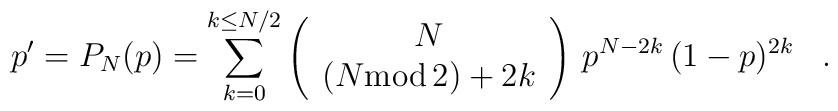
p'=P_N(p)=\sum_{k=0}^{k\le N/2}\left(\begin{array}{c}N\\(N{\rm mod}\, 2) + 2k\\\end{array}\right)\,p^{N-2k}\,(1-p)^{2k}\,\,\,\,\,.\,\,\,\,\,